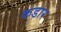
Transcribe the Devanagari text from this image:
कडार